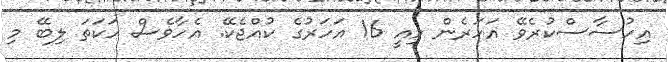
އިހުސާސްކުރެވޭ އަހަރެން މިއީ 16 އަހަރުގެ ކުއްޖެކޭ. އެހާވެސް ހަކަތަ ލިބޭ މި